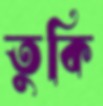
তুকি